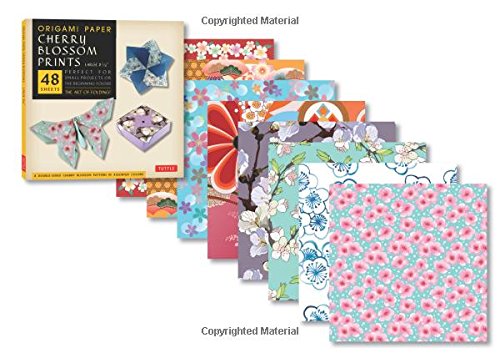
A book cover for Origami Paper - Cherry Blossom Patterns - Large - 8 1/4" - 48 Sheets: Perfect for Small Projects or the Beginning Folder; Arts & Photography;